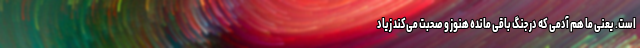
است. یعنی ما هم آدمی که در جنگ باقی مانده هنوز و صحبت می‌کند زیاد